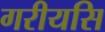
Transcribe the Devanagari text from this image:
गरीयसि